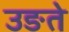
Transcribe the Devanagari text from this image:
उङते